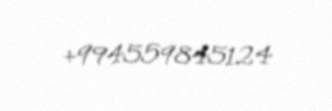
+994559845124